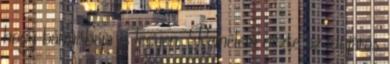
hogy bármi baja is legyen. Remélem nézte az időjárás